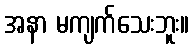
အနာ မကျက်သေးဘူး။